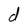
Character: d